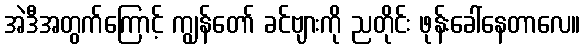
အဲဒီအတွက်ကြောင့် ကျွန်တော် ခင်ဗျားကို ညတိုင်း ဖုန်းခေါ်နေတာလေ။